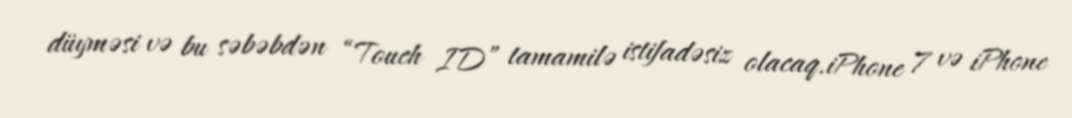
düyməsi və bu səbəbdən “Touch ID” tamamilə istifadəsiz olacaq.iPhone 7 və iPhone